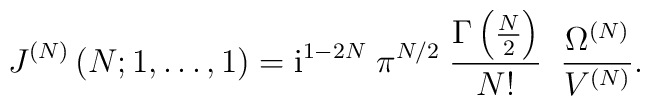
J^{(N)}\left(N; 1, \ldots , 1 \right)= \mbox{i}^{1-2N} \; \pi^{N/2} \;\frac{\Gamma\left( {\textstyle{N\over2}} \right)}     {N!} \;\;\frac{\Omega^{(N)}}{V^{(N)}} .